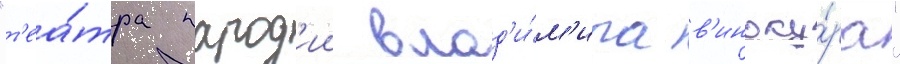
"т'еа́тра парод'ии влад'и́м'ира в'иноку́ра"